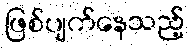
ဖြစ်ပျက်နေသည့်